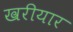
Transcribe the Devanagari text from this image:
खरीयार